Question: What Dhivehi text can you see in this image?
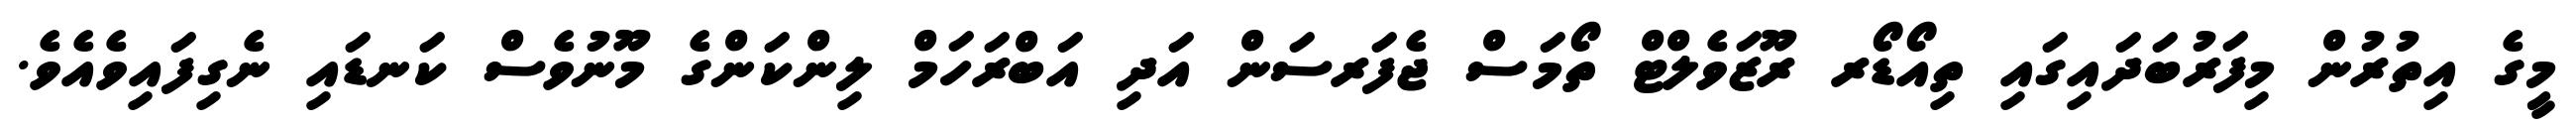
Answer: މީގެ އިތުރުން މިފަރުބަދައިގައި ތިއޯޑޯރ ރޫޒަވެލްޓް ތޯމަސް ޖެފަރސަން އަދި އަބްރަހަމް ލިންކަންގެ މޫނުވެސް ކަނޑައި ނެގިފައިވެއެވެ.